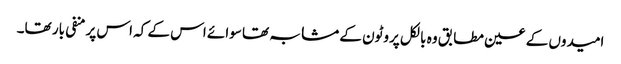
امیدوں کے عین مطابق وہ بالکل پروٹون کے مشابہ تھا سوائے اس کے کہ اس پر منفی بار تھا۔